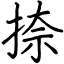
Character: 捺